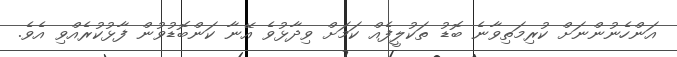
އަންހެނުންނަށް ކުރިމަތިވާނެ ބޮޑު ތަކުލީފެއް ކަމަށް ވިދާޅުވެ އޭނާ ކަންބޮޑުވުން ފާޅުކުރެއްވި އެވެ.